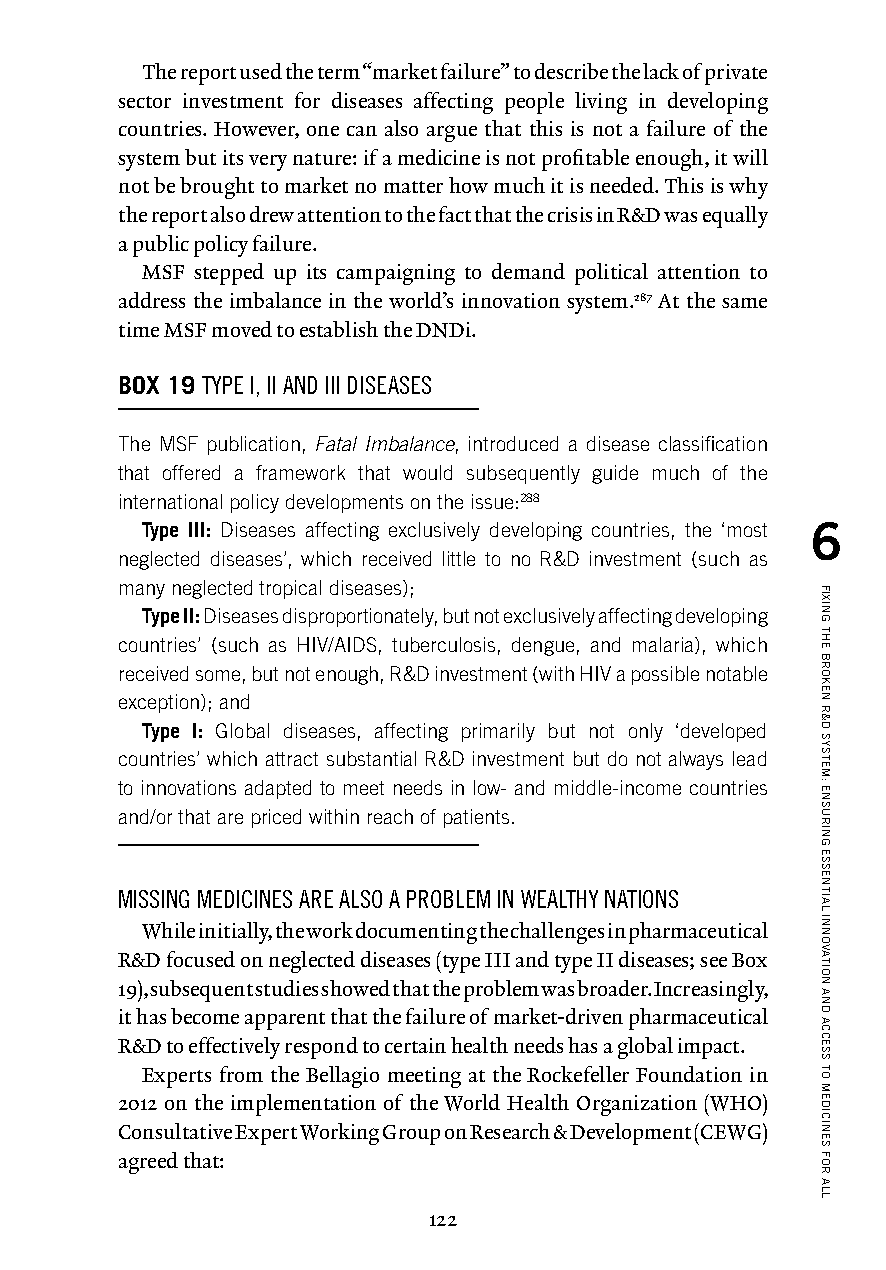
The report used the term “market failure” to describe the lack of private
 sector investment for diseases affecting people living in developing
 countries. However, one can also argue that this is not a failure of the
 system but its very nature: if a medicine is not profitable enough, it will
 not be brought to market no matter how much it is needed. This is why
 the report also drew attention to the fact that the crisis in R&D was equally
 a public policy failure.
 MSF stepped up its campaigning to demand political attention to
 address the imbalance in the world’s innovation system.287 At the same
 time MSF moved to establish the DNDi.
 BOX 19 TYPE I, II AND III DISEASES
 The MSF publication, Fatal Imbalance, introduced a disease classification
 that offered a framework that would subsequently guide much of the
 international policy developments on the issue:288
 Type III: Diseases affecting exclusively developing countries, the ‘most 6
 neglected diseases’, which received little to no R&D investment (such as
 many neglected tropical diseases);
 Type II: Diseases disproportionately, but not exclusively affecting developing
 countries’ (such as HIV/AIDS, tuberculosis, dengue, and malaria), which
 received some, but not enough, R&D investment (with HIV a possible notable
 exception); and
 Type I: Global diseases, affecting primarily but not only ‘developed
 countries’ which attract substantial R&D investment but do not always lead
 to innovations adapted to meet needs in low- and middle-income countries
 and/or that are priced within reach of patients.
 MISSING MEDICINES ARE ALSO A PROBLEM IN WEALTHY NATIONS
 While initially, the work documenting the challenges in pharmaceutical
 R&D focused on neglected diseases (type III and type II diseases; see Box
 19), subsequent studies showed that the problem was broader. Increasingly,
 it has become apparent that the failure of market-driven pharmaceutical
 R&D to effectively respond to certain health needs has a global impact.
 Experts from the Bellagio meeting at the Rockefeller Foundation in
 2012 on the implementation of the World Health Organization (WHO)
 Consultative Expert Working Group on Research & Development (CEWG)
 agreed that:
 122
 FIXING
 THE
 BROKEN
 R&D
 SYSTEM:
 ENSURING
 ESSENTIAL
 INNOVATION
 AND
 ACCESS
 TO
 MEDICINES
 FOR
 ALL